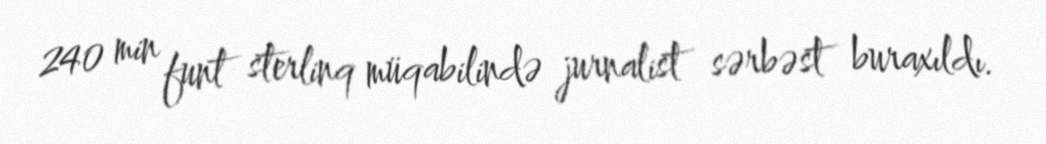
240 min funt sterlinq müqabilində jurnalist sərbəst buraxıldı.